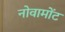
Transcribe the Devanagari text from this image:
नोवामोंट